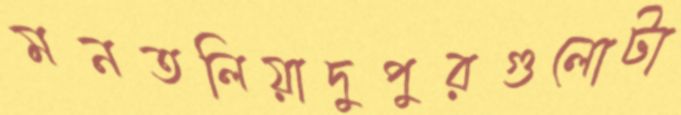
মনতলিয়াদুপুরগুলোটা